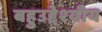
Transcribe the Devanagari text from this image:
बहुउद्देश्‍यीय